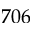
7 0 6